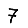
Digit: 7